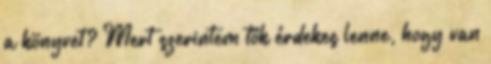
a könyvet? Mert szerintem tök érdekes lenne, hogy van